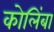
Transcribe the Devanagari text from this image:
कोलिंबा